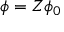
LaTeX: \phi = Z \phi _ { 0 }